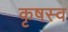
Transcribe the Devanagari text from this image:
कृषस्व